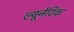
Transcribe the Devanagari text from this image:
ल्यूनेटिक